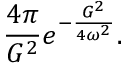
\frac { 4 \pi } { G ^ { 2 } } e ^ { - \frac { G ^ { 2 } } { 4 \omega ^ { 2 } } } .